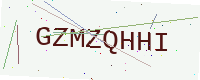
Text: GZMZQHHI